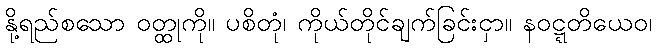
နို့ရည်စသော ဝတ္ထုကို။ ပစိတုံ၊ ကိုယ်တိုင်ချက်ခြင်းငှာ။ နဝဋ္ဋတိယေဝ၊